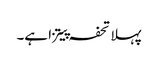
پہلا تحفہ پیتزا ہے۔